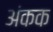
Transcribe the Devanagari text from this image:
अंकक